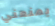
يمنعني